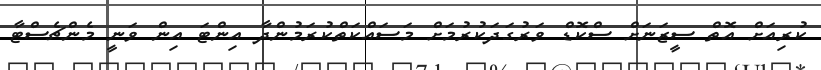
ކުރިއަށް އޮތް ސީޒަނަށް ސްކޮޑް ވަރުގަދަކުރުމަށް މަސައްކަތްކުރަމުންދާ އިންޓަ އިން ވަނީ މެންޗެސްޓާ